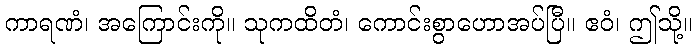
ကာရဏံ၊ အကြောင်းကို။ သုကထိတံ၊ ကောင်းစွာဟောအပ်ပြီ။ ဧဝံ၊ ဤသို့။